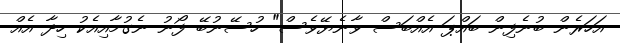
އަހަރެން ބުނެފިން ބައްޕަ އެއްބަސް ވާނެޔޭވެސް" ހުސޭނުބޭ ފޯނު ނެގުމާއިއެކު ހިދާ އެއް